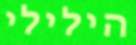
הילילי